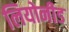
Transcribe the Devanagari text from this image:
लियोनीड